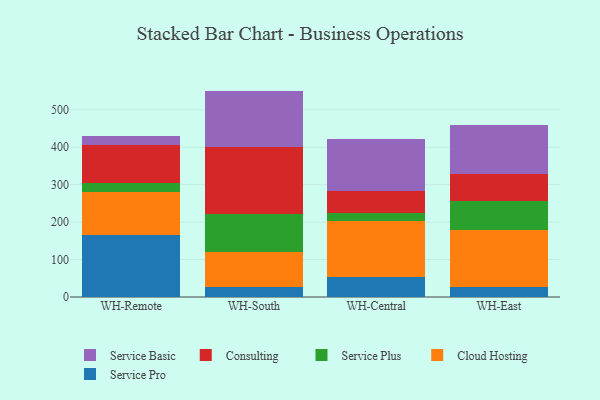
{"axis": {"x": "Warehouse", "y": "Churn Rate (%)"}, "legend": ["Cloud Hosting", "Consulting", "Service Basic", "Service Plus", "Service Pro"], "data": [{"x": "WH-Remote", "y": 165.9, "type": "Service Pro"}, {"x": "WH-Remote", "y": 115.2, "type": "Cloud Hosting"}, {"x": "WH-Remote", "y": 22.7, "type": "Service Plus"}, {"x": "WH-Remote", "y": 103.3, "type": "Consulting"}, {"x": "WH-Remote", "y": 24.1, "type": "Service Basic"}, {"x": "WH-South", "y": 26.3, "type": "Service Pro"}, {"x": "WH-South", "y": 92.8, "type": "Cloud Hosting"}, {"x": "WH-South", "y": 103.6, "type": "Service Plus"}, {"x": "WH-South", "y": 178.2, "type": "Consulting"}, {"x": "WH-South", "y": 149.8, "type": "Service Basic"}, {"x": "WH-Central", "y": 53.4, "type": "Service Pro"}, {"x": "WH-Central", "y": 150.7, "type": "Cloud Hosting"}, {"x": "WH-Central", "y": 20.3, "type": "Service Plus"}, {"x": "WH-Central", "y": 60.1, "type": "Consulting"}, {"x": "WH-Central", "y": 136.4, "type": "Service Basic"}, {"x": "WH-East", "y": 26.5, "type": "Service Pro"}, {"x": "WH-East", "y": 153.0, "type": "Cloud Hosting"}, {"x": "WH-East", "y": 76.7, "type": "Service Plus"}, {"x": "WH-East", "y": 71.8, "type": "Consulting"}, {"x": "WH-East", "y": 130.8, "type": "Service Basic"}]}